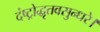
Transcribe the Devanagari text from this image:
दंष्ट्रोद्धृतवसुन्धरे।